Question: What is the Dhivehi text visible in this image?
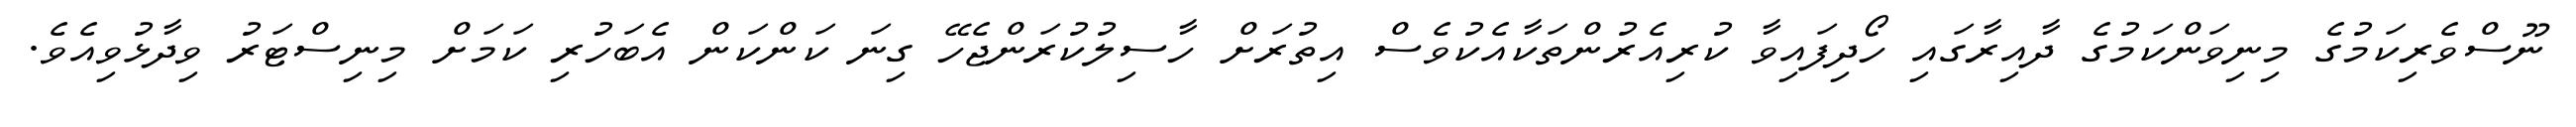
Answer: ނޫސްވެރިކަމުގެ މިނިވަންކަމުގެ ދާއިރާގައި ހޯދިފައިވާ ކުރިއެރުންތަކާއެކުވެސް އިތުރަށް ހާސިލުކުރަންޖެހޭ ގިނަ ކަންކަން އެބަހުރި ކަމަށް މިނިސްޓަރު ވިދާޅުވިއެވެ.